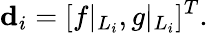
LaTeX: \mathbf{d}_{i}=[f|_{L_{i}},g|_{L_{i}}]^{T}.